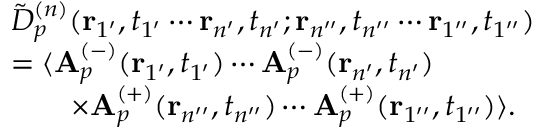
\begin{array} { r l } & { \tilde { D } _ { p } ^ { ( n ) } ( \mathbf { r } _ { 1 ^ { \prime } } , t _ { 1 ^ { \prime } } \cdots \mathbf { r } _ { n ^ { \prime } } , t _ { n ^ { \prime } } ; \mathbf { r } _ { n ^ { \prime \prime } } , t _ { n ^ { \prime \prime } } \cdots \mathbf { r } _ { 1 ^ { \prime \prime } } , t _ { 1 ^ { \prime \prime } } ) } \\ & { = \langle \mathbf { A } _ { p } ^ { ( - ) } ( \mathbf { r } _ { 1 ^ { \prime } } , t _ { 1 ^ { \prime } } ) \cdots \mathbf { A } _ { p } ^ { ( - ) } ( \mathbf { r } _ { n ^ { \prime } } , t _ { n ^ { \prime } } ) } \\ & { \qquad \times \mathbf { A } _ { p } ^ { ( + ) } ( \mathbf { r } _ { n ^ { \prime \prime } } , t _ { n ^ { \prime \prime } } ) \cdots \mathbf { A } _ { p } ^ { ( + ) } ( \mathbf { r } _ { 1 ^ { \prime \prime } } , t _ { 1 ^ { \prime \prime } } ) \rangle . } \end{array}